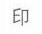
$\text{Ep}$